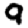
Digit: 9